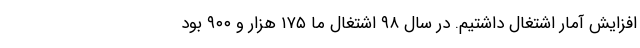
افزایش آمار اشتغال داشتیم. در سال ۹۸ اشتغال ما ۱۷۵ هزار و ۹۰۰ بود